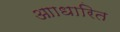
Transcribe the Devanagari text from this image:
आाधारित